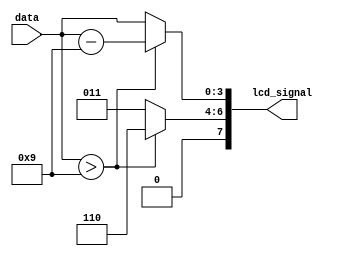
module hex_to_lcd_encoder (
    input wire [3:0]data,
    output reg [7:0] lcd_signal 
);

always @*
    begin

            if(data>9) begin
                lcd_signal[7:4] = 4'b0110;
                case(data[2:0])
                    3'b010:lcd_signal[3:0] = 4'd0;
                    3'b011:lcd_signal[3:0] = 4'd1;
                    3'b100:lcd_signal[3:0] = 4'd2;
                    3'b101:lcd_signal[3:0] = 4'd3;
                    3'b110:lcd_signal[3:0] = 4'd4;
                    3'b111:lcd_signal[3:0] = 4'd5;
                
                endcase
                lcd_signal[3:0] = {data[3:0]-4'b1001};
            end
            else begin
                lcd_signal[7:4] = 4'b0011;
                lcd_signal[3:0] = {data[3:0]};
            end
            end

    
endmodule